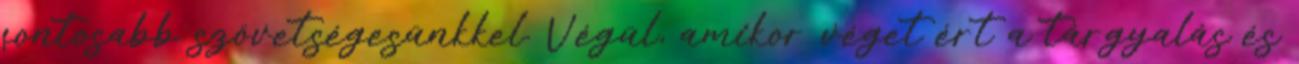
fontosabb szövetségesünkkel. Végül, amikor véget ért a tárgyalás és